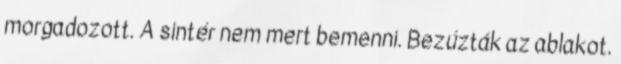
morgadozott. A sintér nem mert bemenni. Bezúzták az ablakot.